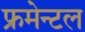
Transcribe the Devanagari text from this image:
फ्रमेन्टल